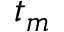
t _ { m }